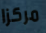
مركزا